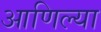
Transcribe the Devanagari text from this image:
आणिल्या